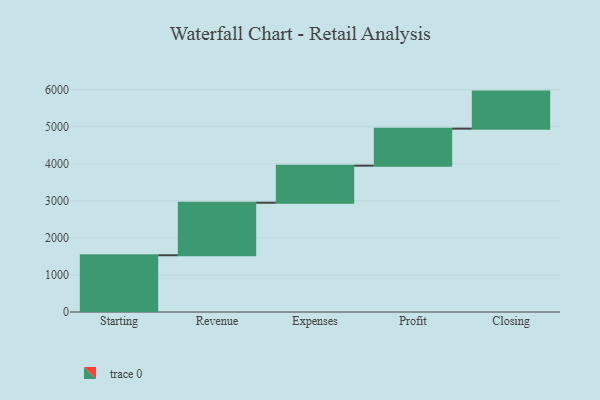
{"axis": {"x": "Step", "y": "Value"}, "legend": [""], "data": [{"x": "Starting", "y": 1532.0, "type": ""}, {"x": "Revenue", "y": 1418.0, "type": ""}, {"x": "Expenses", "y": 1000, "type": ""}, {"x": "Profit", "y": 1000, "type": ""}, {"x": "Closing", "y": 1000, "type": ""}]}